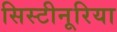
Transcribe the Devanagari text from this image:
सिस्टीनूरिया